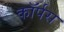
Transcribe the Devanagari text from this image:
काॅर्पस